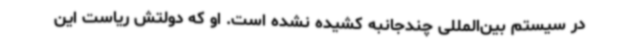
در سیستم بین‌المللی چندجانبه کشیده نشده است. او که دولتش ریاست این